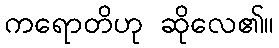
ကရောတိဟု ဆိုလေ၏။